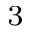
^ { 3 }